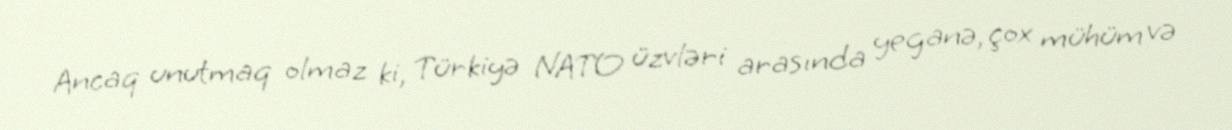
Ancaq unutmaq olmaz ki, Türkiyə NATO üzvləri arasında yeganə, çox mühüm və